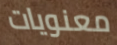
معنويات